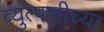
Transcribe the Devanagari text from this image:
व्युत्पत्तीच्या